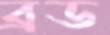
ব্রড